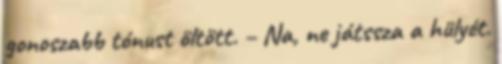
gonoszabb tónust öltött. – Na, ne játssza a hülyét.